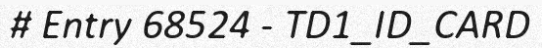
# Entry 68524 - TD1_ID_CARD